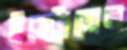
ইস্ট্রোজেন